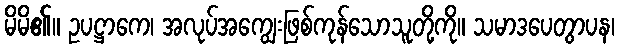
မိမိ၏။ ဥပဋ္ဌာကေ၊ အလုပ်အကျွေးဖြစ်ကုန်သောသူတို့ကို။ သမာဒပေတွာပန၊